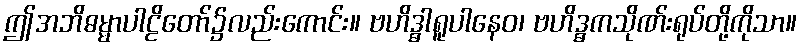
ဤအဘိဓမ္မာပါဠိတော်၌လည်းကောင်း။ ဗဟိဒ္ဓါရူပါနေဝ၊ ဗဟိဒ္ဓကသိုဏ်းရုပ်တို့ကိုသာ။